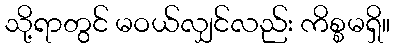
သို့ရာတွင် မဝယ်လျှင်လည်း ကိစ္စမရှိ။